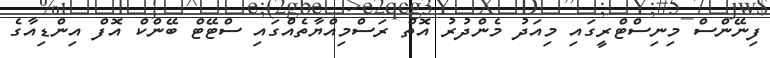
ފިނޭންސް މިނިސްޓްރީގައި މިއަދު މެންދުރު އޮތް ރަސްމިއްޔާތެއްގައި ސްޓޭޓް ބޭންކް އޮފް އިންޑިއާގެ